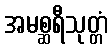
အမစ္ဆရီသုတ္တံ